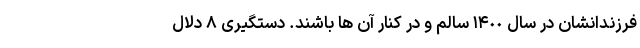
فرزندانشان در سال ١۴٠٠ سالم و در کنار آن ها باشند. دستگیری ۸ دلال